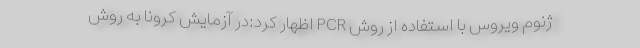
ژنوم ویروس با استفاده از روش ‌PCR اظهار کرد:در آزمایش کرونا به روش